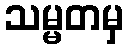
သမ္မတမှ